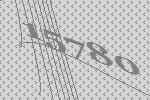
15780